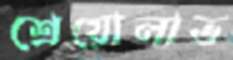
শ্রেয়োলাভ